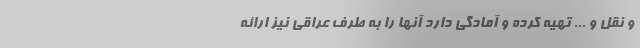
و نقل و ... تهیه کرده و آمادگی دارد آنها را به طرف عراقی نیز ارائه